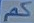
كم